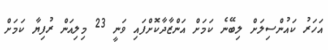
އަހަރު ކައުންސިލަށް ލިބޭނެ ކަމަށް އަންޒާދާކޮށްފައި ވަނީ 23 މިލިއަން ރުފިޔާ ކަމަށް